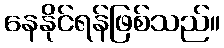
နေနိုင်ရန်ဖြစ်သည်။